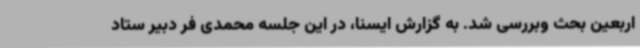
اربعین بحث وبررسی شد. به گزارش ایسنا، در این جلسه محمدی فر دبیر ستاد